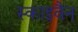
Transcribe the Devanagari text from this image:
स्काइवैन